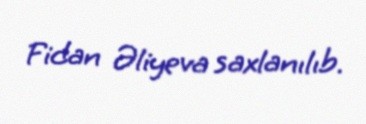
Fidan Əliyeva saxlanılıb.